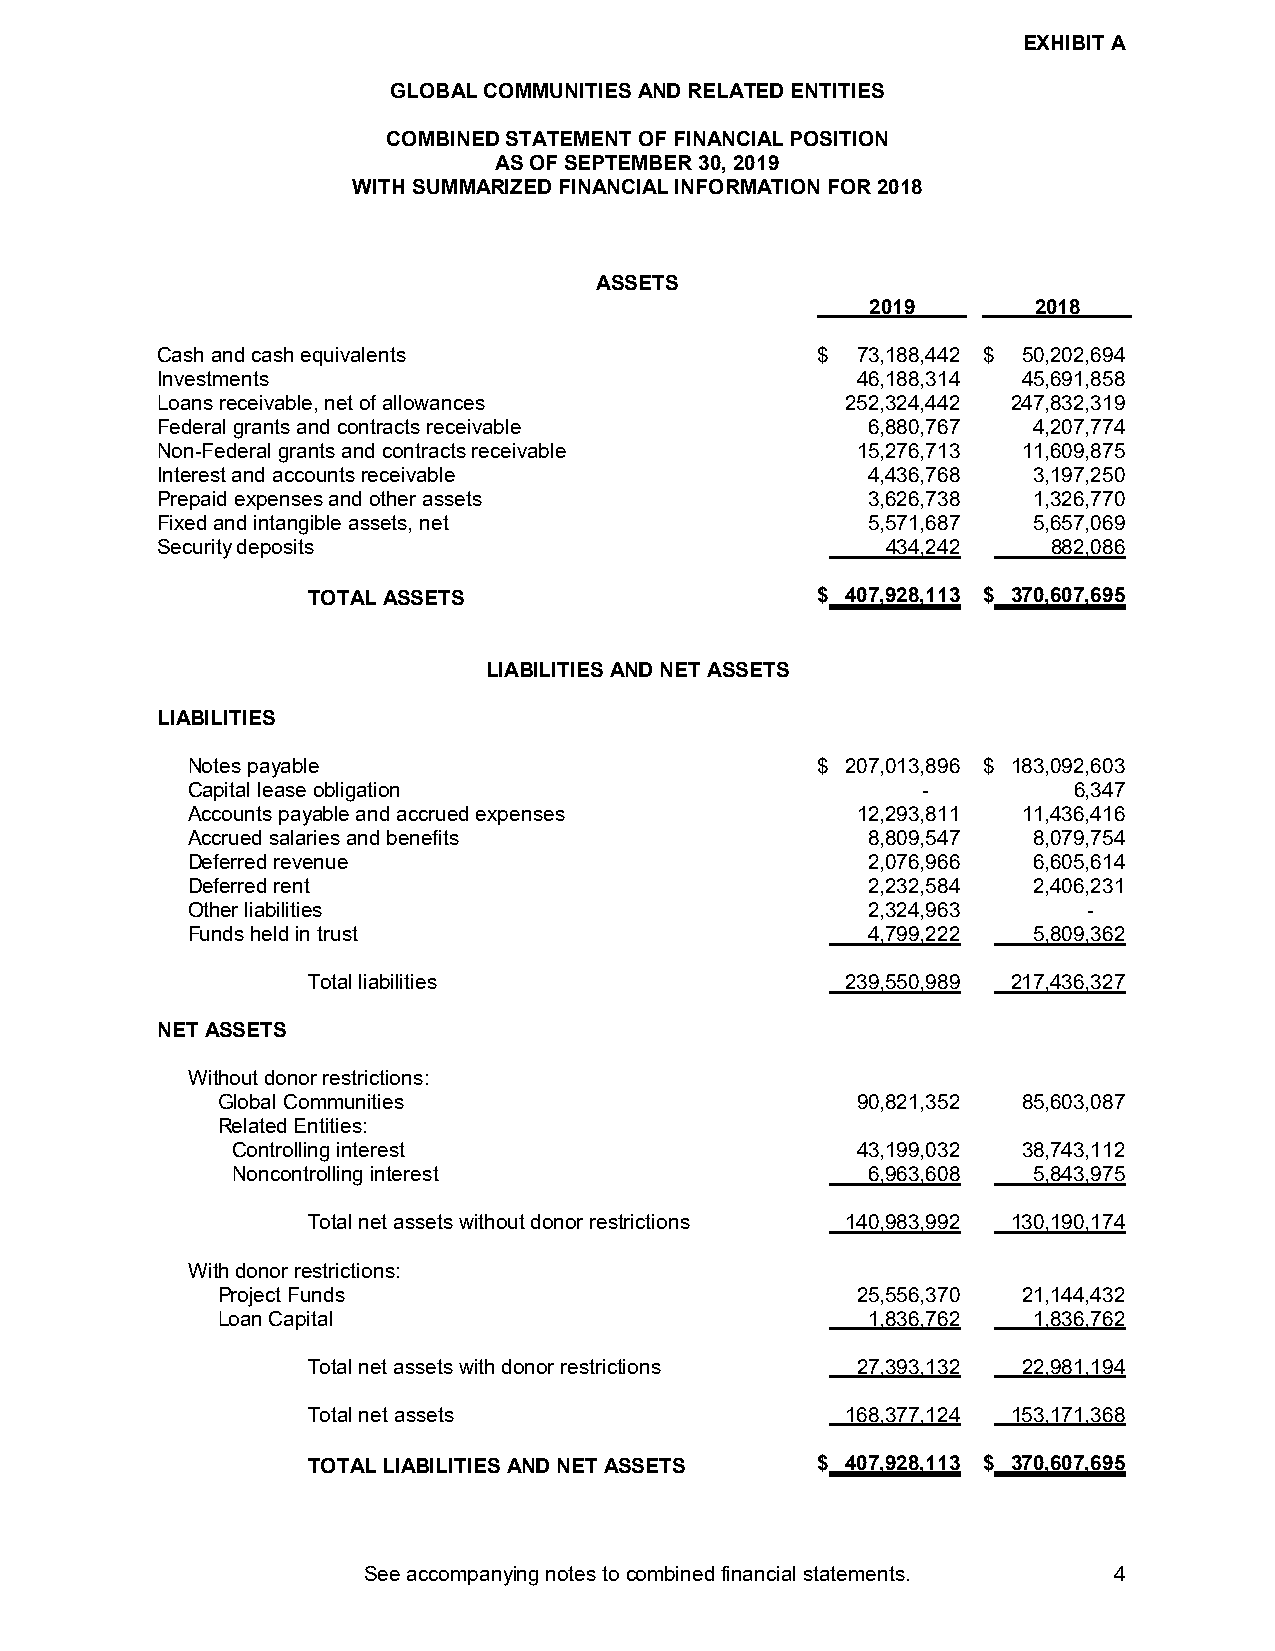
EXHIBIT A
 GLOBAL COMMUNITIES AND RELATED ENTITIES
 COMBINED STATEMENT OF FINANCIAL POSITION
 AS OF SEPTEMBER 30, 2019
 WITH SUMMARIZED FINANCIAL INFORMATION FOR2018
 ASSETS
 2019      2018
 Cash and cash equivalents                   $  73,188,442 $ 50,202,694
 Investments                                    46,188,314 45,691,858
 Loans receivable, net of allowances           252,324,442 247,832,319
 Federal grants and contracts receivable         6,880,767 4,207,774
 Non-Federal grants and contracts receivable    15,276,713 11,609,875
 Interest and accounts receivable                4,436,768 3,197,250
 Prepaid expenses and other assets               3,626,738 1,326,770
 Fixed and intangible assets, net                5,571,687 5,657,069
 Security deposits                                434,242    882,086
 TOTAL ASSETS                      $ 407,928,113 $ 370,607,695
 LIABILITIES AND NET ASSETS
 LIABILITIES
 Notes payable                             $ 207,013,896 $ 183,092,603
 Capital lease obligation                         -         6,347
 Accounts payable and accrued expenses        12,293,811 11,436,416
 Accrued salaries and benefits                 8,809,547 8,079,754
 Deferred revenue                              2,076,966 6,605,614
 Deferred rent                                 2,232,584 2,406,231
 Other liabilities                             2,324,963     -
 Funds held in trust                           4,799,222 5,809,362
 Total liabilities                   239,550,989 217,436,327
 NET ASSETS
 Without donor restrictions:
 Global Communities                         90,821,352 85,603,087
 Related Entities:
 Controlling interest                      43,199,032 38,743,112
 Noncontrolling interest                    6,963,608 5,843,975
 Total net assets without donor restrictions 140,983,992 130,190,174
 With donor restrictions:
 Project Funds                              25,556,370 21,144,432
 Loan Capital                                1,836,762 1,836,762
 Total net assets with donor restrictions 27,393,132 22,981,194
 Total net assets                    168,377,124 153,171,368
 TOTAL LIABILITIES AND NET ASSETS  $ 407,928,113 $ 370,607,695
 See accompanying notes to combined financial statements. 4